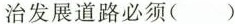
治发展道路必须()